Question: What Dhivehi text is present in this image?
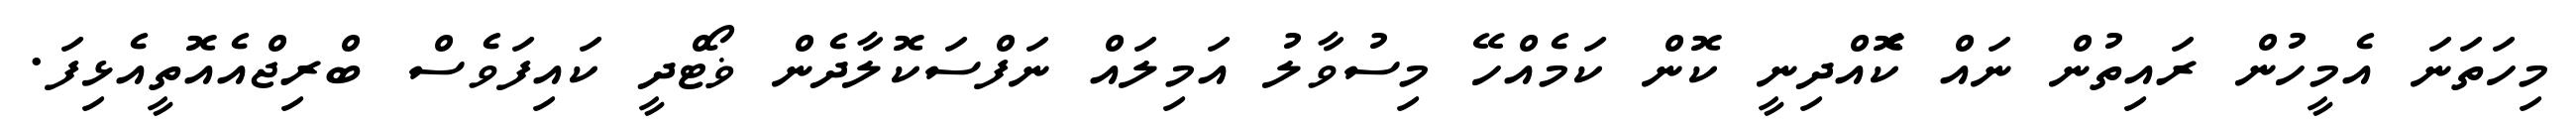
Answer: މިހަތަނަ އެމީހުން ރައިތުން ނައް ކޮެއްދިނީ ކޮން ކަމެއްހޭ މިސުވާލު އަމިލައް ނަފްސަކޮލާދެން ޥޯޓްދީ ކައިފަވެސް ބްރިޖްއެއޮތީއެޅިފަ.